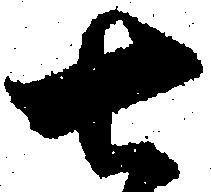
七